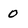
Character: O